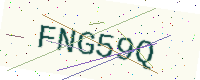
Text: FNG59Q